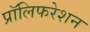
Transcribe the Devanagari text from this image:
प्रॉलिफरेशन